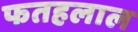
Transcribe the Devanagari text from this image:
फतहलाल